Problem: 48 ÷ 8 = ?
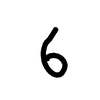
Handwritten answer: 6